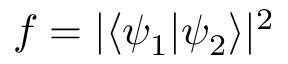
f = | \langle \psi _ { 1 } | \psi _ { 2 } \rangle | ^ { 2 }